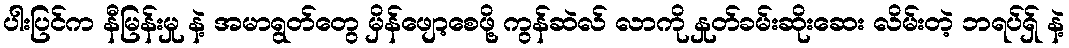
ပါးပြင်က နီမြန်းမှု နဲ့ အမာရွတ်တွေ မှိန်ဖျော့စေဖို့ ကွန်ဆဲလ် လာကို နှုတ်ခမ်းဆိုးဆေး လိမ်းတဲ့ ဘရပ်ရှ် နဲ့